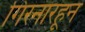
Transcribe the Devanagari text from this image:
गिरनारहून